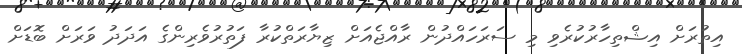
އިތުރަށް އިޝްތިހާރުކުރެވި މި ސަރަހައްދުން ރާއްޖެއަށް ޒިޔާރަތްކުރާ ފަތުރުވެރިންގެ އަދަދު ވަރަށް ބޮޑަށް